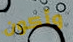
وأكون